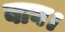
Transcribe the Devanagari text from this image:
बाघ।